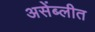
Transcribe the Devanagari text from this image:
असेंब्लीत